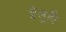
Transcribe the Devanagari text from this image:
डेलूही